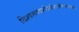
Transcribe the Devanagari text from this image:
विश्वरूपदर्शनयोगनामैकादशोध्याय